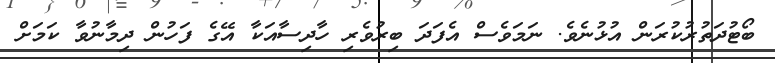
ބޯޓުދަތުރުކުރަން އުޅުނެވެ. ނަމަވެސް އެފަދަ ބިރުވެރި ހާދިސާއަކާ އޭގެ ފަހުން ދިމާނުވާ ކަމަށް